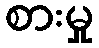
စားမှု